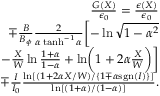
\begin{array} { r l r } & { } & { \frac { G ( X ) } { \epsilon _ { 0 } } = \frac { \epsilon ( X ) } { \epsilon _ { 0 } } } \\ & { } & { \mp \frac { B } { B _ { \phi } } \frac { 2 } { \alpha \operatorname { t a n h } ^ { - 1 } \alpha } \biggl [ - \ln \sqrt { 1 - \alpha ^ { 2 } } } \\ & { } & { - \frac { X } { W } \ln \frac { 1 + \alpha } { 1 - \alpha } + \ln \biggl ( 1 + 2 \alpha \frac { X } { W } \biggr ) \biggr ] } \\ & { } & { \mp \frac { I } { I _ { 0 } } \frac { \ln [ ( 1 + 2 \alpha X / W ) / \{ 1 \mp \alpha \mathrm { s g n } ( I ) \} ] } { \ln [ ( 1 + \alpha ) / ( 1 - \alpha ) ] } . } \end{array}